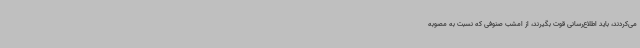
می‌کردند، باید اطلاع‌رسانی قوت بگیرند، از امشب صنوفی که نسبت به مصوبه